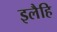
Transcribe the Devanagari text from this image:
इलैहि